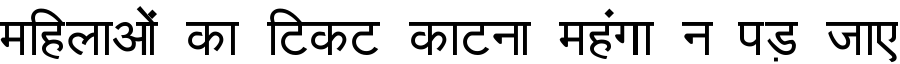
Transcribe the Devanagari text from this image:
महिलाओं का टिकट काटना महंगा न पड़ जाए